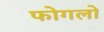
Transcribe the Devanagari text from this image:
फोगलो